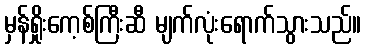
မှန်ရှိုးကေ့စ်ကြီးဆီ မျက်လုံးရောက်သွားသည်။